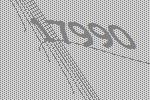
17990